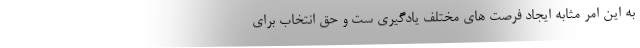
به این امر مثابه ایجاد فرصت های مختلف یادگیری ست و حق انتخاب برای